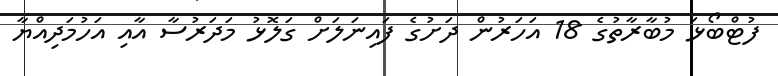
ފުޓްބޯޅަ މުބާރާތުގެ 18 އަހަރުން ދަށުގެ ފައިނަލަށް ގަލޮޅު މަދަރުސާ އާއި އަހުމަދިއްޔާ